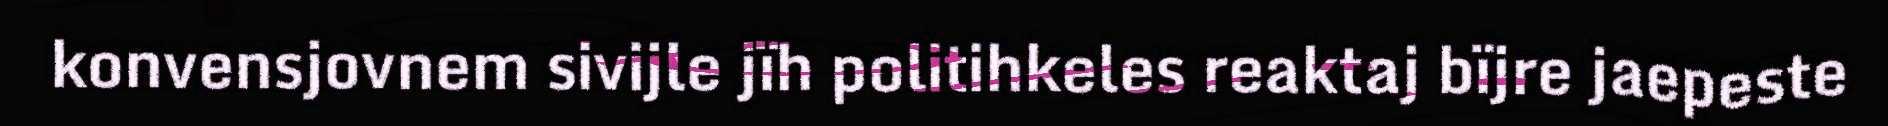
konvensjovnem sivijle jïh politihkeles reaktaj bïjre jaepeste